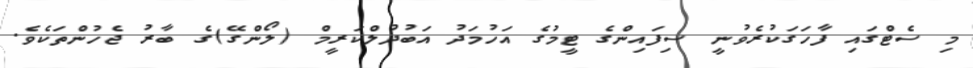
މި ސެޓްގައި ފާހަގަކުރެވުނީ ސިފައިންގެ ޓީމުގެ އަހުމަދު އަބުދުލްކަރީމް (ލޯންގޭ)ގެ ބާރު ޖެހުންތަކެވެ.